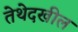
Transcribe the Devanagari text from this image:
तेथेदखील